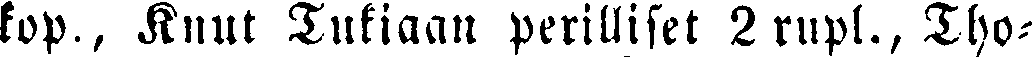
kop., Knut Tukiaan perilliset 2 rupl., Tho-